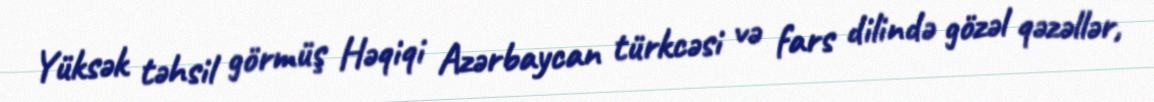
Yüksək təhsil görmüş Həqiqi Azərbaycan türkcəsi və fars dilində gözəl qəzəllər,